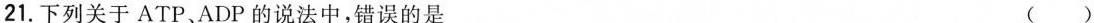
21.下列关于ATP、ADP的说法中，错误的是 ( )